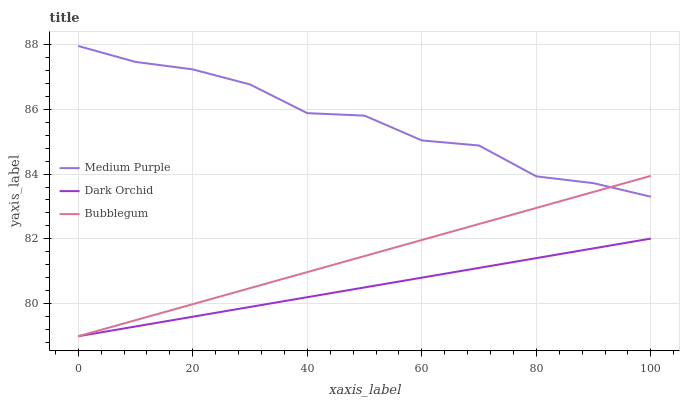
| xaxis_label | Medium Purple | Dark Orchid | Bubblegum |
 | --- | --- | --- | --- |
 | 0 | 87.9 | 79 | 79 |
 | 10 | 87.5 | 79.3 | 79.5 |
 | 20 | 87.2 | 79.6 | 80 |
 | 30 | 86.8 | 79.9 | 80.5 |
 | 40 | 85.9 | 80.2 | 81 |
 | 50 | 85.8 | 80.5 | 81.5 |
 | 60 | 85 | 80.8 | 82 |
 | 70 | 84.9 | 81.1 | 82.5 |
 | 80 | 83.9 | 81.4 | 83 |
 | 90 | 83.7 | 81.7 | 83.4 |
 | 100 | 83.3 | 82 | 83.9 |